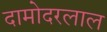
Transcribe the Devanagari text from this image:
दामोदरलाल